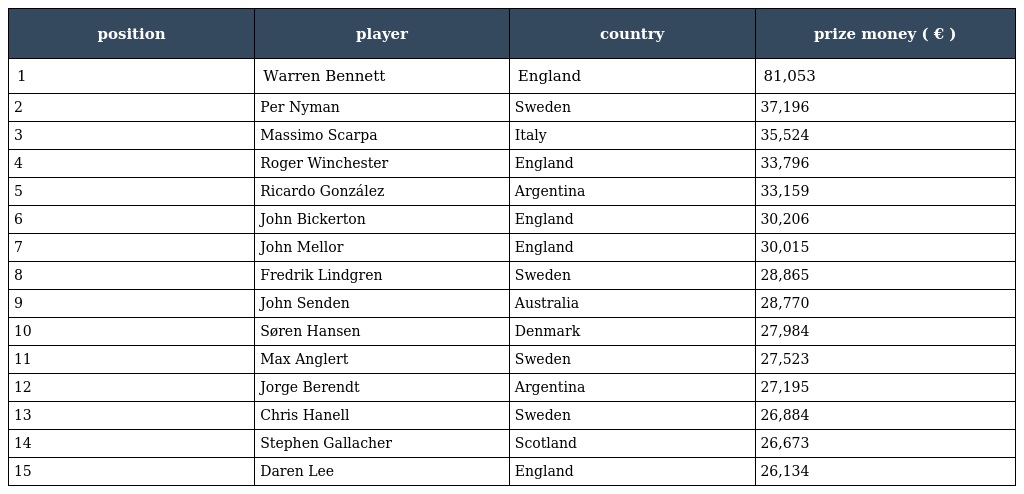
| position | player | country | prize money ( € ) |
 | --- | --- | --- | --- |
 | 1 | Warren Bennett | England | 81,053 |
 | 2 | Per Nyman | Sweden | 37,196 |
 | 3 | Massimo Scarpa | Italy | 35,524 |
 | 4 | Roger Winchester | England | 33,796 |
 | 5 | Ricardo González | Argentina | 33,159 |
 | 6 | John Bickerton | England | 30,206 |
 | 7 | John Mellor | England | 30,015 |
 | 8 | Fredrik Lindgren | Sweden | 28,865 |
 | 9 | John Senden | Australia | 28,770 |
 | 10 | Søren Hansen | Denmark | 27,984 |
 | 11 | Max Anglert | Sweden | 27,523 |
 | 12 | Jorge Berendt | Argentina | 27,195 |
 | 13 | Chris Hanell | Sweden | 26,884 |
 | 14 | Stephen Gallacher | Scotland | 26,673 |
 | 15 | Daren Lee | England | 26,134 |